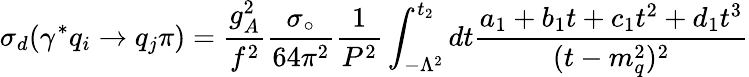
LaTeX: \sigma_{d}(\gamma^{*}q_{i}\rightarrow q_{j}\pi)=\frac{g_{A}^{2}}{f^{2}}\frac{\sigma_{\circ}}{64\pi^{2}}\frac{1}{P^{2}}\int_{-\Lambda^{2}}^{t_{2}}dt\frac{a_{1}+b_{1}t+c_{1}t^{2}+d_{1}t^{3}}{(t-m_{q}^{2})^{2}}